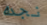
نجده